Medical and sanitary report on the native army of Bombay for the year
Year: 1878
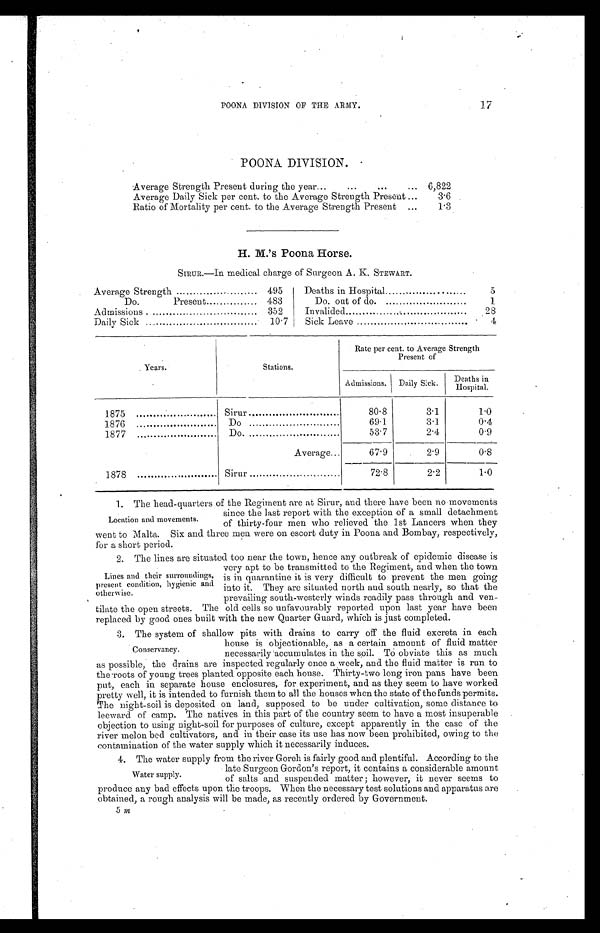
1 7
POONA DIVISION OF THE ARMY.
POONA DIVISION.
Average Strength Present during the year...
...
...
... 6,822
Average Daily Sick per cent. to the Average Strength Present ...
3.6
Ratio of Mortality per cent. to the Average Strength Present ...
1.3
H. M.’s Poona Horse.
SIRUR.—In medical charge of Surgeon A. K. STEWART.
Average Strength .
495
Deaths in Hospital
.
5
Do.
Present
483
Do. out of do.
1
Admissions .
352
Invalided
.
28
Daily Sick
10.7
Sick Leave
•
4
Years.
Stations.
Rate per cent. to Average Strength
Present of
Admissions. Daily Sick.
D e a t h s i n
Hospital
1875
Sirur
80.8
3.1
1.0
1876
Do
69.1
3.1
0.4
1877
Do.
53.7
2.4
0.9
Average
67.9
2.9
0.8
1878
Sirur
72.8
2.2
1.0
1. The head-quarters of the Regiment are at Sirur, and there have been no movements
Location and movements.
since the last report with the exception of a small detachment
of thirty-four men who relieved the 1st Lancers when they
went to Malta. Six and three men were on escort . duty in Poona and Bombay, respectively,
for a short period.
2.The lines are situated too near the town, hence any out-break of epidemic disease is
Lines and their surroundings,
present condition, hygienic and
otherwise.
very apt to be transmitted to the Regiment, and when the town
is in quarantine it is very difficult to prevent the men going
into it. They are situated north and south nearly, so that the
prevailing south-westerly winds readily pass through and ven-
tilate the open streets. The old cells so unfavourably reported upon last year have been
replaced by good ones built with the new Quarter Guard, wh īch is just completed.
3. The system of shallow pits with drains to carry off the fluid excreta in each
Conservancy.
house is objectionable, as a certain amount of fluid matter
necessarily accumulates in the soil. TO obviate this as much
as possible, the drains are inspected regularly once a week, and the fluid matter is run to
the roots of young trees planted opposite each house. Thirty-two long iron pans have been
put, each in separate house enclosures, for experiment, and as they seem to have worked
pretty well, it is intended to furnish them to all the houses when the state of the funds permits.
The night-soil
is deposited on land, supposed to be under cultivation, some distance to
leeward of camp. The natives in this part of the country seem to have a most insuperable
objection to using night-soil for purposes of culture, except apparently in the case of the
river melon bed cultivators, and in their case its use has now been prohibited, owing to the
contamination of the water supply which it necessarily induces.
4. The water supply from the river Goreh is fairly good and plentiful. According to the
late Surgeon Gordon’s report, it contains a considerable amount
of salts and suspended matter ; however, it never seems to
produce any bad effects upon the troops. When the necessary test solutions and apparatus are
obtained, a rough analysis will be made, as recently ordered by Government.
Water supply.
5 m